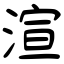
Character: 渲